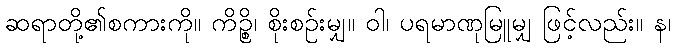
ဆရာတို့၏စကားကို။ ကိဉ္စိ၊ စိုးစဉ်းမျှ။ ဝါ၊ ပရမာဏုမြူမျှ ဖြင့်လည်း။ န၊